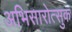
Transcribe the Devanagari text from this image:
अभिसारोत्सुक